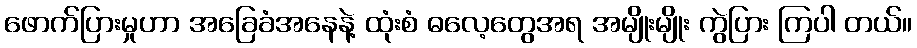
ဖောက်ပြားမှုဟာ အခြေခံအနေနဲ့ ထုံးစံ ဓလေ့တွေအရ အမျိုးမျိုး ကွဲပြား ကြပါ တယ်။